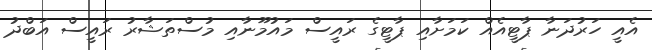
އެއީ ހަރުދަނާ ޕާޓީއެއް ކަމަށާއި ޕާޓީގެ ރައީސް މައުމޫނާއި މުސްތަޝާރު ރައީސް އަބްދު